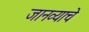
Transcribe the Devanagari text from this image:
जानव्याचे